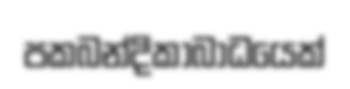
පකබන්දිකාබාධයෙක්